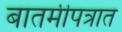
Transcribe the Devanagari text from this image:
बातमीपत्रात